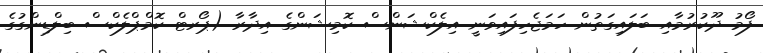
ފޯމު ދޫކުރުމާއި ބަލައިގަތުން ހަމަޖެހިފައިވަނީ އިލެކްޝަންސް ކޮމިޝަންގެ އިދާރާ (ޕޯރޓް ކޮމްޕްލެކްސް ބިލްޑިންގުގެ